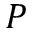
P